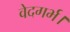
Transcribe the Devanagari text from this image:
वेदगर्भ।